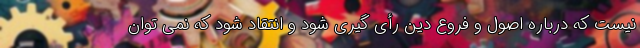
نیست که درباره اصول و فروع دین رأی گیری شود و انتقاد شود که نمی توان